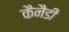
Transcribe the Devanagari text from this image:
कैनैडी